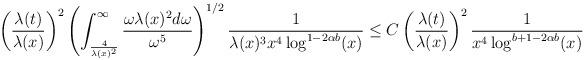
LaTeX: \begin{align*}&\left(\frac{\lambda(t)}{\lambda(x)}\right)^{2}\left(\int_{\frac{4}{\lambda(x)^{2}}}^{\infty} \frac{\omega \lambda(x)^{2} d\omega}{\omega^{5}}\right)^{1/2} \frac{1}{\lambda(x)^{3}x^{4}\log^{1-2\alpha b}(x)}\leq C \left(\frac{\lambda(t)}{\lambda(x)}\right)^{2} \frac{1}{x^{4} \log^{b+1-2\alpha b}(x)}\end{align*}